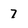
Character: 7